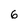
Character: 6